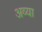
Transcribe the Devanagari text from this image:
अव्या